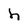
Character: h